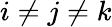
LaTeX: i\neq j\neq k